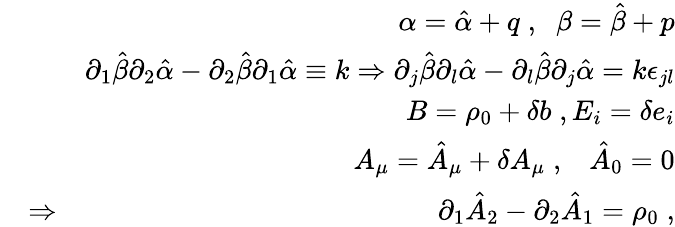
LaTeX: \begin{array}{rlr}&{}&{\alpha=\hat{\alpha}+q\; ,\; \; \beta=\hat{\beta}+p}\\ &{}&{\partial_{1}\hat{\beta}\partial_{2}\hat{\alpha}-\partial_{2}\hat{\beta}\partial_{1}\hat{\alpha}\equiv k\Rightarrow\partial_{j}\hat{\beta}\partial_{l}\hat{\alpha}-\partial_{l}\hat{\beta}\partial_{j}\hat{\alpha}=k\epsilon_{jl}}\\ &{}&{B=\rho_{0}+\delta b\; ,E_{i}=\delta e_{i}}\\ &{}&{A_{\mu}=\hat{A}_{\mu}+\delta A_{\mu}\; ,\; \; \; \hat{A}_{0}=0}\\ &{\Rightarrow}&{\partial_{1}\hat{A}_{2}-\partial_{2}\hat{A}_{1}=\rho_{0}\; ,}\end{array}